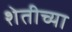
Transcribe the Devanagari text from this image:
शेतीच्‍या